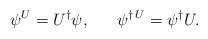
\begin{align*} \psi^U=U^{\dagger}\psi,~~~~~ \psi ^{\dagger\,U}=\psi^{\dagger}U.\end{align*}